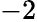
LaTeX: -2